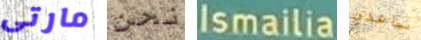
مارتى نحن Ismailia ساعدي